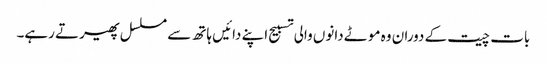
بات چیت کے دوران وہ موٹے دانوں والی تسبیح اپنے دائیں ہاتھ سے مسلسل پھیرتے رہے۔